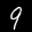
Digit: 9